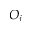
O _ { j }